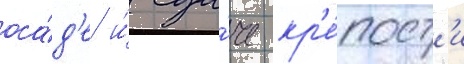
оса́д'е и́ сда́че кр'е́пост'и